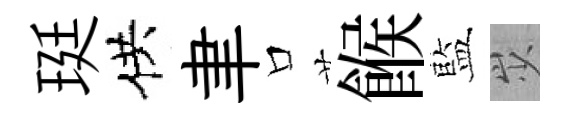
珽供聿口餱藍𡵯